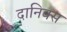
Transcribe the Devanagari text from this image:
दानिक्स